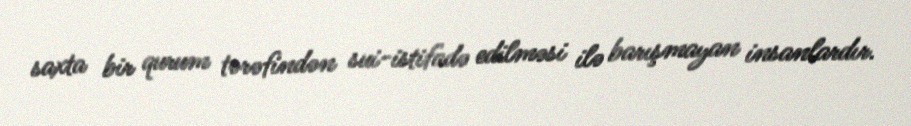
saxta bir qurum tərəfindən sui-istifadə edilməsi ilə barışmayan insanlardır.